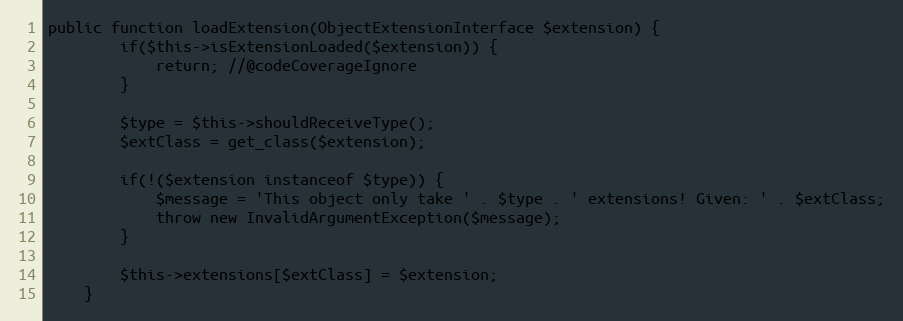
Language: PHP
public function loadExtension(ObjectExtensionInterface $extension) {
        if($this->isExtensionLoaded($extension)) {
            return; //@codeCoverageIgnore
        }

        $type = $this->shouldReceiveType();
        $extClass = get_class($extension);

        if(!($extension instanceof $type)) {
            $message = 'This object only take ' . $type . ' extensions! Given: ' . $extClass;
            throw new InvalidArgumentException($message);
        }

        $this->extensions[$extClass] = $extension;
    }